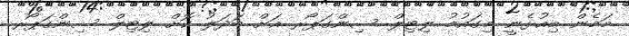
މަމެން މިއުޅެނީ މިގައުމު ލިޓިލް ސިންގަޕޯރ އަށް ބަދަލު ކޮށް ލިޓިލް ސިންގަޕޯރ